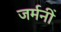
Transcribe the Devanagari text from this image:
जर्मनीं